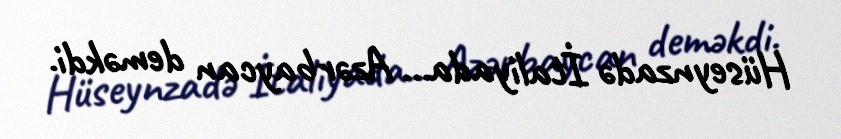
Hüseynzadə İtaliyada... Azərbaycan deməkdi.